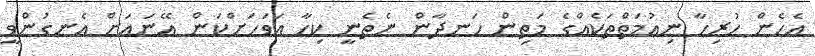
އެހެން ހުރިހާ ނިޢުމަތްތަކެއްގެ މަތިން ހަނދާން ނެތެނީ ކިހާ އަވަހަށްކަން އޭނައަށް އެނގުންވީ